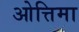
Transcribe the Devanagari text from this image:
ओत्तिमा